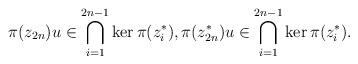
LaTeX: \begin{align*}\pi(z_{2n})u \in \bigcap_{i=1}^{2n-1} \ker \pi(z_{i}^{*}),\pi(z_{2n}^{*})u \in \bigcap_{i=1}^{2n-1} \ker \pi(z_{i}^{*}). \end{align*}